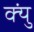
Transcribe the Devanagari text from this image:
क्युं